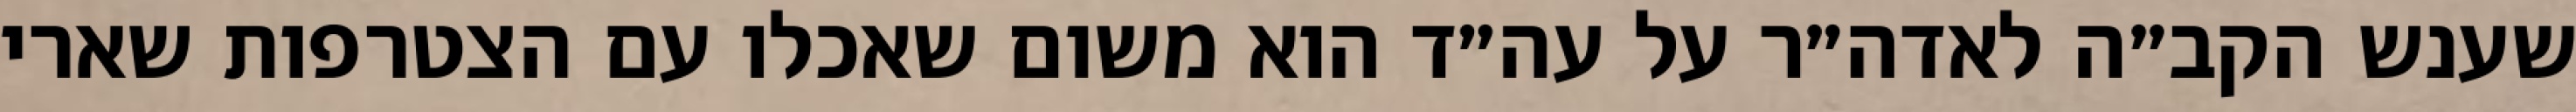
שענש הקב״ה לאדה״ר על עה״ד הוא משום שאכלו עם הצטרפות שארי